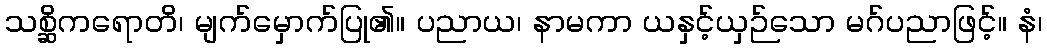
သစ္ဆိကရောတိ၊ မျက်မှောက်ပြု၏။ ပညာယ၊ နာမကာ ယနှင့်ယှဉ်သော မဂ်ပညာဖြင့်။ နံ၊